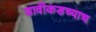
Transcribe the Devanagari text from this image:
डावीकडच्याच